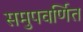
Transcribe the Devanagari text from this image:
समुपवर्णित